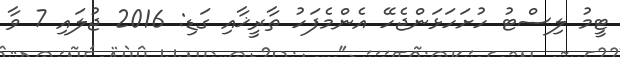
ޓީމު ލިސްޓު ހުށަހަޅަންޖެހޭ އެންމެފަހު ތާރީޚާއި ގަޑި: 2016 ޖުލައި 7 ވާ